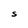
Character: S